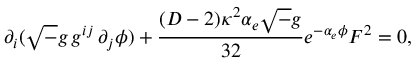
\partial _ { i } ( { \sqrt - g } \, g ^ { i j } \, \partial _ { j } \phi ) + { \frac { ( D - 2 ) \kappa ^ { 2 } \alpha _ { e } { \sqrt - g } } { 3 2 } } e ^ { - \alpha _ { e } \phi } F ^ { 2 } = 0 ,